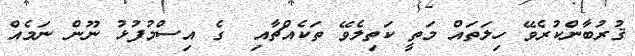
ޤުރުބާންކުރެވޭ ހިލަތައް މަތީ ކަތިލެވޭ ތަކެއްޗާއި  ގެ އިސްމުފުޅު ނޫން ނަމެއް